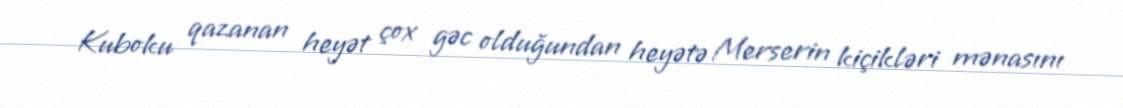
Kuboku qazanan heyət çox gəc olduğundan heyətə Merserin kiçikləri mənasını